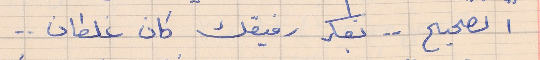
الصحيح  . .  بفكر رفيقك كان غلطان . .